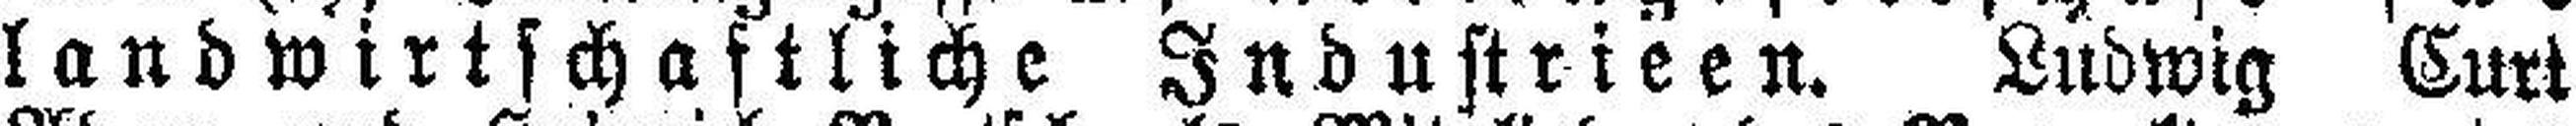
landwirtschaftliche Industrieen. Ludwig Curt